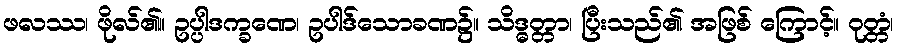
ဖလဿ၊ ဖိုလ်၏။ ဥပ္ပါဒက္ခဏေ၊ ဥပါဒ်သောခဏ၌။ သိဒ္ဓတ္တာ၊ ပြီးသည်၏ အဖြစ် ကြောင့်။ ဝုတ္တံ၊